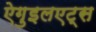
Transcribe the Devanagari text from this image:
ऐगुइलएट्स